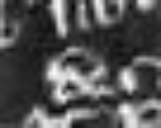
de